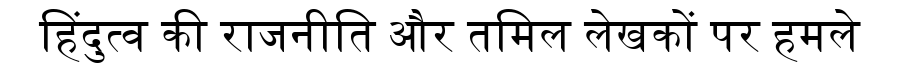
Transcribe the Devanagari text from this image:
हिंदुत्व की राजनीति और तमिल लेखकों पर हमले